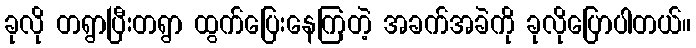
ခုလို တရွာပြီးတရွာ ထွက်ပြေးနေကြတဲ့ အခက်အခဲကို ခုလိုပြောပါတယ်။